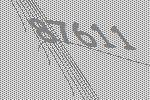
87611